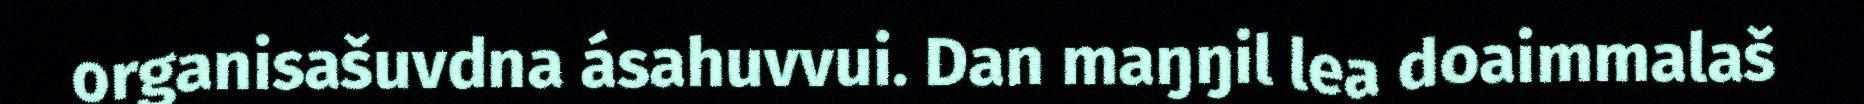
organisašuvdna ásahuvvui. Dan maŋŋil lea doaimmalaš